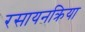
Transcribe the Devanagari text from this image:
रसायनक्रिया